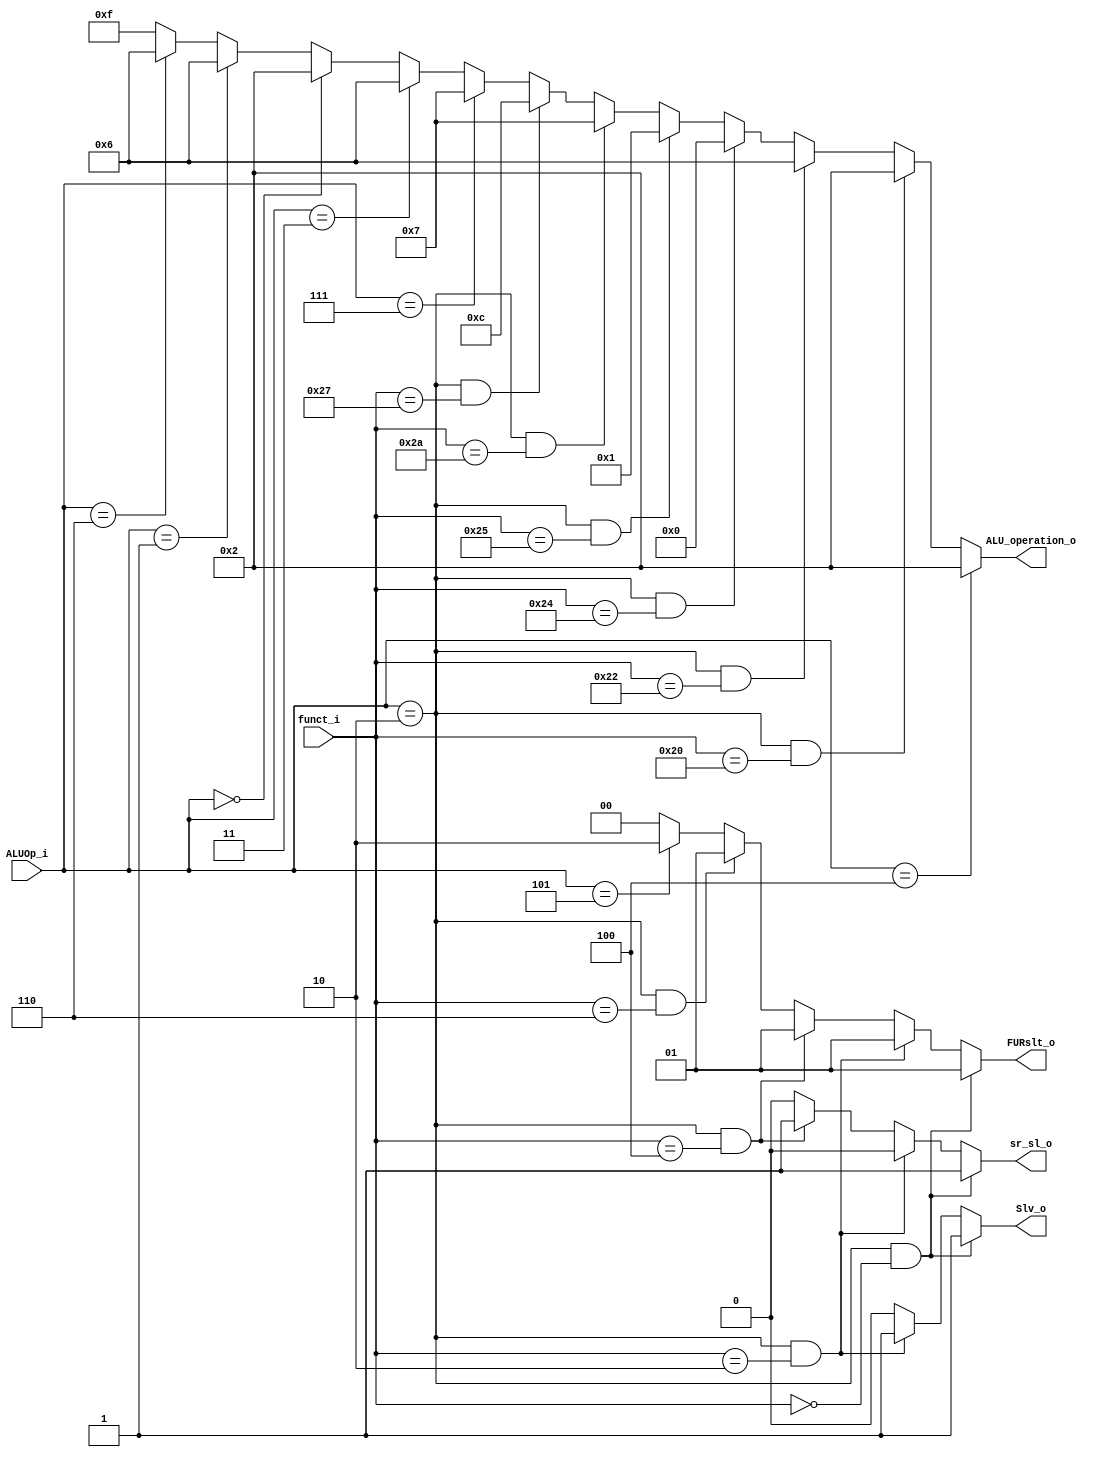
module ALU_Ctrl( funct_i, ALUOp_i, ALU_operation_o, FURslt_o, sr_sl_o ,Slv_o);

//I/O ports 
input      [6-1:0] funct_i;
input      [3-1:0] ALUOp_i;

output     [4-1:0] ALU_operation_o;  
output     [2-1:0] FURslt_o;

output     sr_sl_o;
output 	   Slv_o;
     
//Internal Signals
wire		[4-1:0] ALU_operation_o;
wire		[2-1:0] FURslt_o;


//Main function
/*your code here*/

assign FURslt_o = (ALUOp_i == 3'b010 && funct_i == 6'b000000)? 2'b01 :	//sll	
				  (ALUOp_i == 3'b010 && funct_i == 6'b000010)? 2'b01 :	//srl
				  (ALUOp_i == 3'b010 && funct_i == 6'b000100)? 2'b01 :	//sllv
				  (ALUOp_i == 3'b010 && funct_i == 6'b000110)? 2'b01 :	//srlv
				  (ALUOp_i == 3'b101)?   					   2'b10 :	//lui
				  (ALUOp_i == 3'b010 || ALUOp_i == 3'b000 || ALUOp_i == 3'b100)?    2'b00 :	//lw sw r type addi
				  											   2'b00 ;	//don't care

assign ALU_operation_o = (ALUOp_i == 3'b100)? 4'b0010 :	//addi
				  	     (ALUOp_i == 3'b010 && funct_i == 6'b100000)? 4'b0010 :	//add
				         (ALUOp_i == 3'b010 && funct_i == 6'b100010)? 4'b0110 :	//sub
				         (ALUOp_i == 3'b010 && funct_i == 6'b100100)? 4'b0000 :	//and
				         (ALUOp_i == 3'b010 && funct_i == 6'b100101)? 4'b0001 :	//or
				         (ALUOp_i == 3'b010 && funct_i == 6'b101010)? 4'b0111 :	//slt
				         (ALUOp_i == 3'b010 && funct_i == 6'b100111)? 4'b1100 : //nor
				         //(ALUOp_i == 3'b010 && funct_i == 6'b000000)? 4'b0101 :	//when sll
				  		 //(ALUOp_i == 3'b010 && funct_i == 6'b000010)? 4'b0100 : //when srl
				  		 //(ALUOp_i == 3'b010 && funct_i == 6'b000100)? 4'b0001 : //when sllv
						 //(ALUOp_i == 3'b010 && funct_i == 6'b000110)? 4'b0000 : //when srlv
						 //(ALUOp_i == 3'b010 && funct_i == 6'b001000)? 4'b1111 :	//Jr
						 (ALUOp_i == 3'b111)?						  4'b0111 :	//blt
						 (ALUOp_i == 3'b011)?						  4'b0110 : //bqez rs - 1
						 (ALUOp_i == 3'b000)?						  4'b0010 : //lw sw do add
						 (ALUOp_i == 3'b001)?						  4'b0110 : //beq
						 (ALUOp_i == 3'b110)?						  4'b0110 : //bne
				  		 											  4'b1111 ;	//don't care


assign sr_sl_o = (ALUOp_i == 3'b010 && funct_i == 6'b000000)? 1 :	//when sll
				 (ALUOp_i == 3'b010 && funct_i == 6'b000010)? 0 : //when srl
				 (ALUOp_i == 3'b010 && funct_i == 6'b000100)? 1 : //when sllv
				 (ALUOp_i == 3'b010 && funct_i == 6'b000110)? 0 : //when srlv	
				 											  0;																  
assign Slv_o = (ALUOp_i == 3'b010 && funct_i == 6'b000000)? 1 :	//when sll
				 (ALUOp_i == 3'b010 && funct_i == 6'b000010)? 1 : //when srl
				 (ALUOp_i == 3'b010 && funct_i == 6'b000100)? 0 : //when sllv
				 (ALUOp_i == 3'b010 && funct_i == 6'b000110)? 0 : //when srlv	
				 											  0;																		 


endmodule     


/*

always @ ( * ) begin
	case(ALUOp_i)
		3'b000://R-type structure instruction
			begin
				case(funct_i)
					6'd32: {Slv_o,ALU_operation_o,Jump_type}=6'b000100;//Addition
					6'd34: {Slv_o,ALU_operation_o,Jump_type}=6'b001100;//Subtraction
					6'd36: {Slv_o,ALU_operation_o,Jump_type}=6'b000000;//AND
					6'd37: {Slv_o,ALU_operation_o,Jump_type}=6'b000010;//OR
					6'd42: {Slv_o,ALU_operation_o,Jump_type}=6'b001110;//SLT
					6'd8: {Slv_o,ALU_operation_o,Jump_type}=6'b010001;//JR
					6'b000000: {Slv_o,ALU_operation_o,Jump_type}=6'b100110;//SLL
					6'b000010: {Slv_o,ALU_operation_o,Jump_type}=6'b100110;//SRL
					6'b000100: {Slv_o,ALU_operation_o,Jump_type}=6'b000110;//SLLV
					6'b000110: {Slv_o,ALU_operation_o,Jump_type}=6'b000110;//SRLV
				endcase
			end
		3'b001://BEQ,BLT,BLE
			begin
				{Slv_o,ALU_operation_o,Jump_type} = 6'b001100;
			end
		3'b010://BNE,BNEZ
			begin
				{Slv_o,ALU_operation_o,Jump_type} = 6'b011100;
			end
		3'b100://Addi
			begin
				{Slv_o,ALU_operation_o,Jump_type} = 6'b000100;
			end
			
		3'b100://LI
			begin
				{Slv_o,ALU_operation_o,Jump_type} = 6'b001000;
			end
		3'b101://ORI
			begin
				{Slv_o,ALU_operation_o,Jump_type} = 6'b000010;
			end
			
		default:
			begin
				Slv_o = 1'b0;
				ALU_operation_o=4'bxxxx;
				Jump_type = 1'b0;
			end
	endcase
end
*/